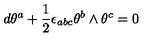
d \theta ^ { a } + { \frac { 1 } { 2 } } \epsilon _ { a b c } \theta ^ { b } \wedge \theta ^ { c } = 0